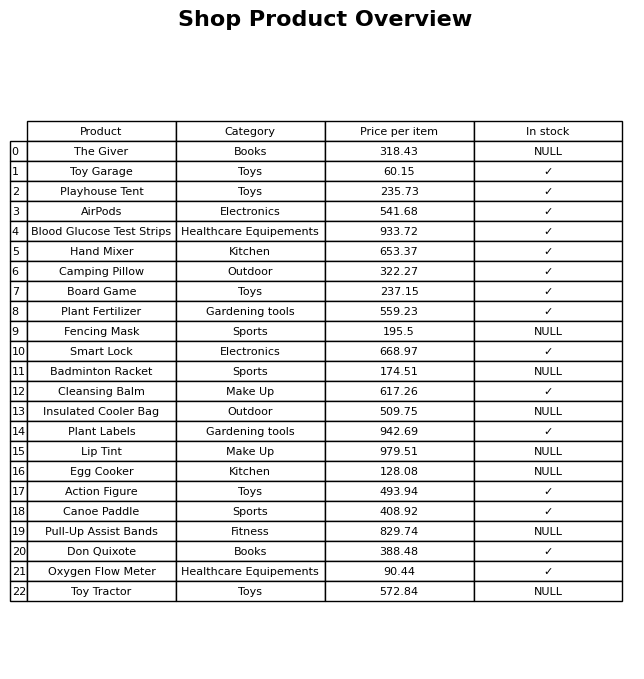
question: What is the price for Lip Tint?
answer: The price of Lip Tint is 979.51.